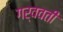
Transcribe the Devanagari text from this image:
गर्ववती